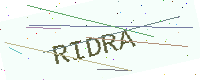
Text: RIDRA